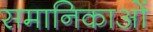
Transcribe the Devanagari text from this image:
समानिकाओं